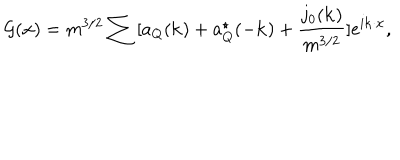
{ \cal G } ( { \bf x } ) = m ^ { 3 / 2 } \sum { } [ a _ { Q } ( { \bf k } ) + a _ { Q } ^ { \star } ( - { \bf k } ) + \frac { j _ { 0 } ( { \bf k } ) } { m ^ { 3 / 2 } } ] e ^ { i { \bf k \cdot x } } ,